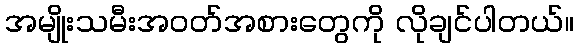
အမျိုးသမီးအဝတ်အစားတွေကို လိုချင်ပါတယ်။